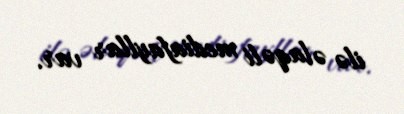
ilə əlaqəli mediafayllar var.